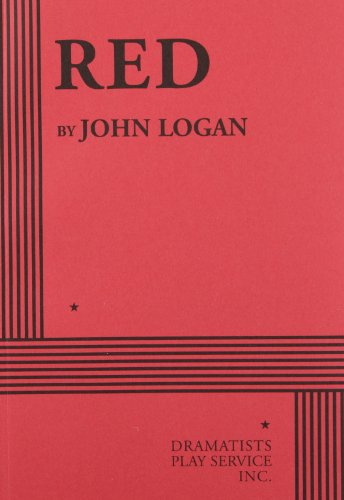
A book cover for Red - Acting Edition; John Logan; Literature & Fiction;